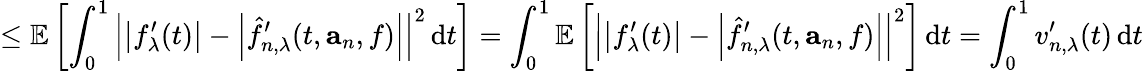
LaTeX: \leq\mathbb{E}\left[\int_{0}^{1}\left|\left|f_{\lambda}^{\prime}(t)\right|-\left|\hat{f}_{n,\lambda}^{\prime}(t,\mathbf{a}_{n},f)\right|\right|^{2}\, \mathrm{d}t\right]=\int_{0}^{1}\mathbb{E}\left[\left|\left|f_{\lambda}^{\prime}(t)\right|-\left|\hat{f}_{n,\lambda}^{\prime}(t,\mathbf{a}_{n},f)\right|\right|^{2}\right]\, \mathrm{d}t=\int_{0}^{1}{v_{n,\lambda}^{\prime}(t)}\, \mathrm{d}t